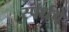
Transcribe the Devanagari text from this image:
स्पर्धचे